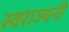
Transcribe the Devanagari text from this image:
स्वराज्यनी